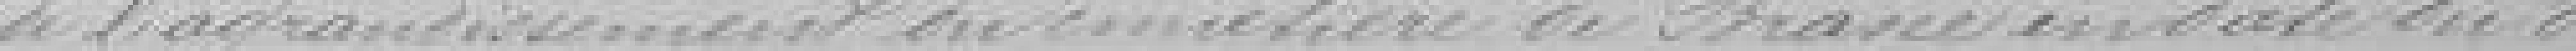
de l'agrandissement du cimetière de Brane en date du 8